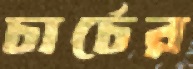
চার্চের